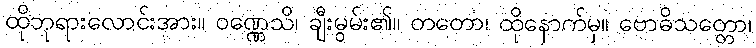
ထိုဘုရားလောင်းအား။ ဝဏ္ဏေသိ၊ ချီးမွမ်း၏။ တတော၊ ထိုနောက်မှ။ ဗောဓိသတ္တော၊